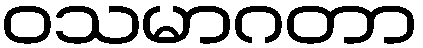
ဝသမာဂတာ